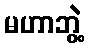
မဟာဘွဲ့